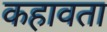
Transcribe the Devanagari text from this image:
कहावता